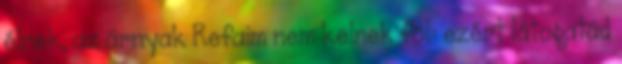
élnek, az árnyak Refaim nem kelnek föl: ezért látogatád